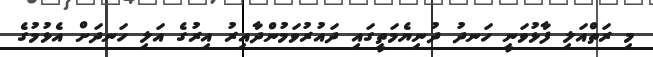
މި ރަތްއަލި ފާޅުވަނީ ހަނދު ދުނިޔެމަތީގައި ދައުރުވަމުންދާއިރު އިރުގެ އަލި ހަނދަށް އެޅުމުގެ